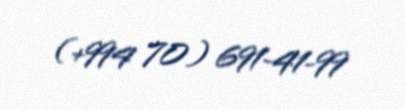
(+994 70) 691-41-99